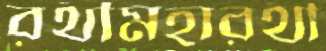
রথীমহারথী